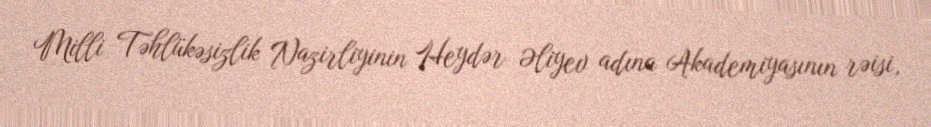
Milli Təhlükəsizlik Nazirliyinin Heydər Əliyev adına Akademiyasının rəisi,